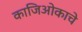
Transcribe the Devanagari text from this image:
काजिओकाचे